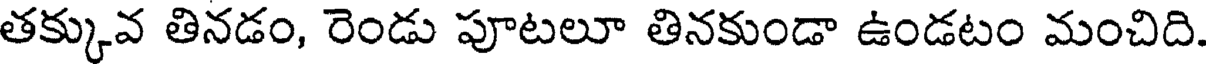
తక్కువ తినడం, రెండు పూటలూ తినకుండా ఉండటం మంచిది.